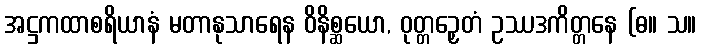
အဋ္ဌကထာစရိယာနံ မတာနုသာရေန ဝိနိစ္ဆယော, ဝုတ္တဉှေတံ ဥဿဒကိတ္တနေ (ဓ။ သ။